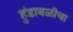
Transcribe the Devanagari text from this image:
हुंडाबळीचा